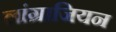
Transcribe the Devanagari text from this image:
लांग्राजियन